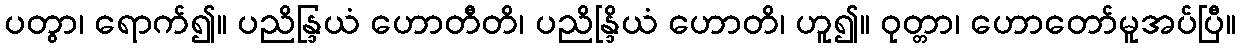
ပတွာ၊ ရောက်၍။ ပညိန္ဒြယံ ဟောတီတိ၊ ပညိန္ဒြိယံ ဟောတိ၊ ဟူ၍။ ဝုတ္တာ၊ ဟောတော်မူအပ်ပြီ။